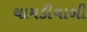
ચામડીવાળી